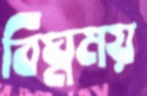
বিঘ্নময়